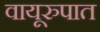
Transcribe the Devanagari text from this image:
वायूरुपात